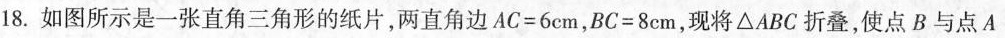
18.如图所示是一张直角三角形的纸片，两直角边$$A C= 6 c m$$，$$B C = 8 c m$$，现将△ABC折叠，使点B与点A